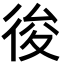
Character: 𢓭